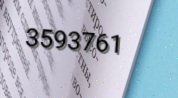
3593761